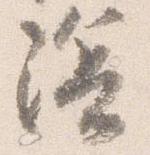
陰